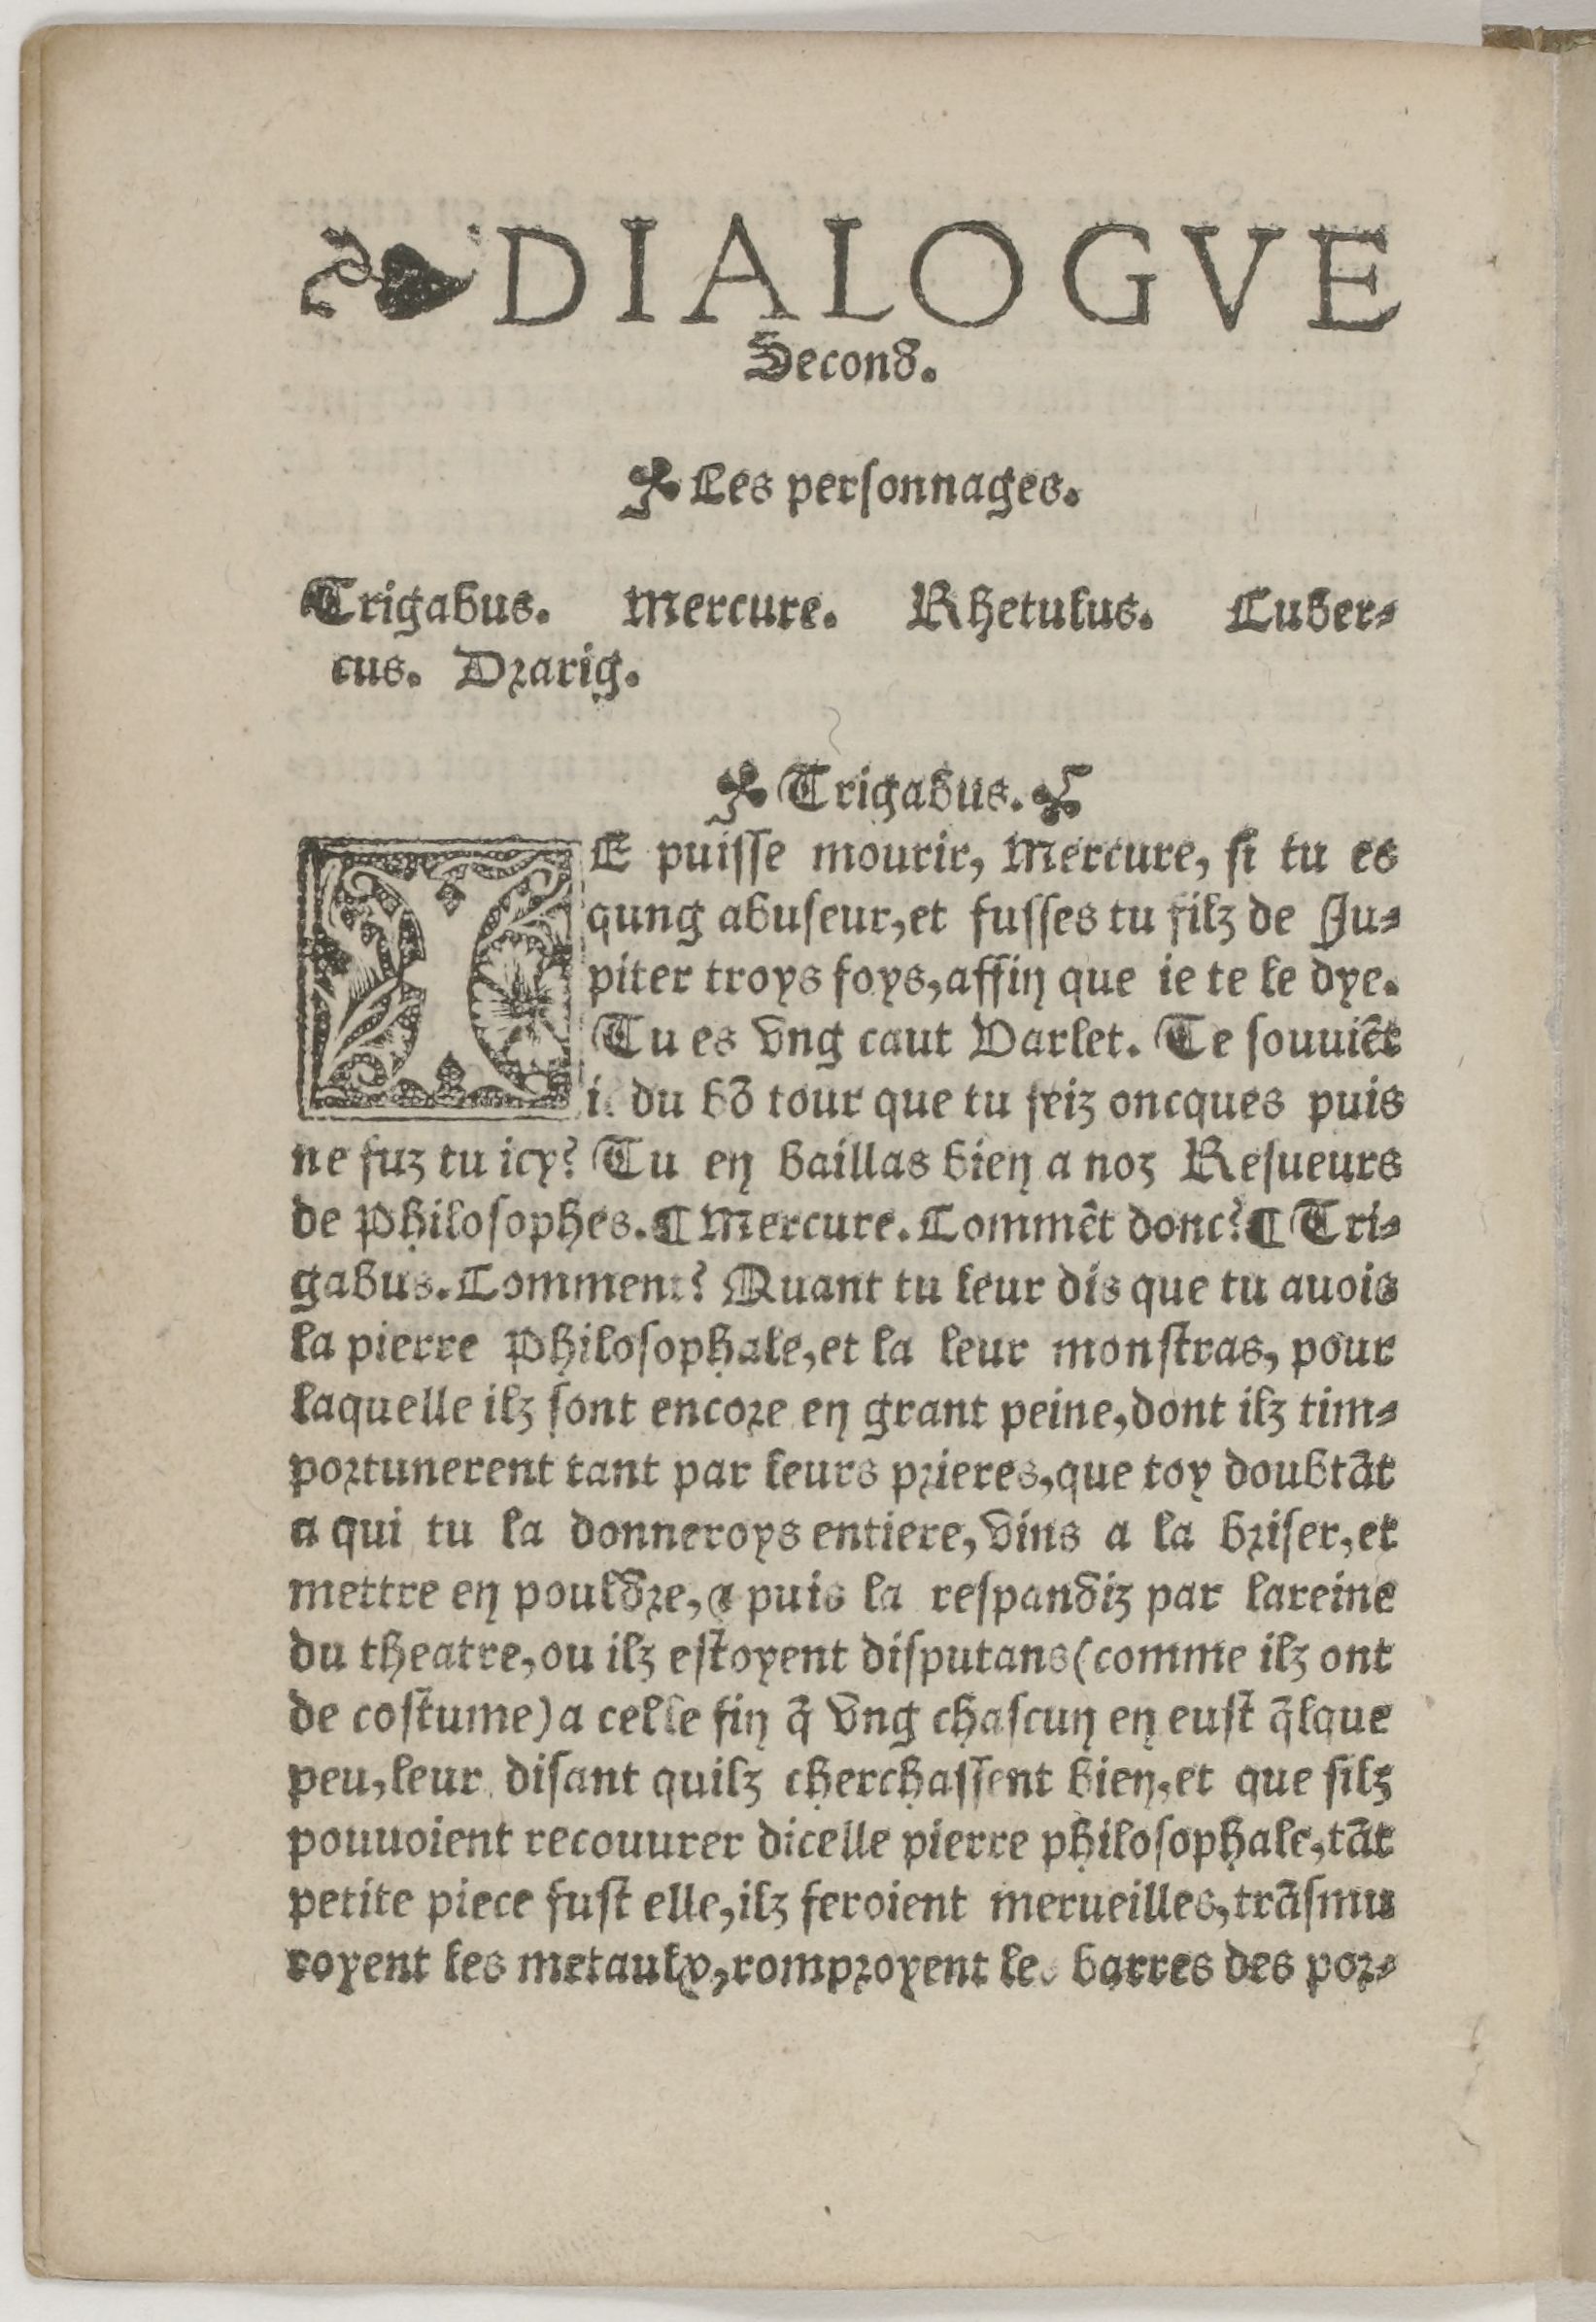
Shelfmark: Paris, BnF, Rés. Z-2442
Century: 16